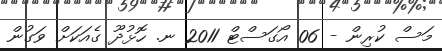
މަސް ކުރިން - 06 އޯގަސްޓް 2011 ނ. ހޮޅުދޫ ގެއަކަށް ވަގުން